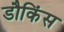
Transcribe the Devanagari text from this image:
डौकिंस